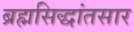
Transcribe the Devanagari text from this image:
ब्रह्मसिद्धांतसार